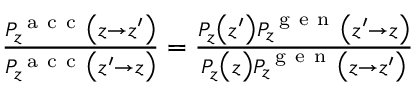
\begin{array} { r } { \frac { P _ { z } ^ { \mathrm { ~ a ~ c ~ c ~ } } \bigl ( z \to z ^ { \prime } \bigr ) } { P _ { z } ^ { \mathrm { ~ a ~ c ~ c ~ } } \bigl ( z ^ { \prime } \to z \bigr ) } = \frac { P _ { z } \bigl ( z ^ { \prime } \bigr ) P _ { z } ^ { \mathrm { ~ g ~ e ~ n ~ } } \bigl ( z ^ { \prime } \to z \bigr ) } { P _ { z } \bigl ( z \bigr ) P _ { z } ^ { \mathrm { ~ g ~ e ~ n ~ } } \bigl ( z \to z ^ { \prime } \bigr ) } } \end{array}